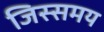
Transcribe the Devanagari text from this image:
जिस्समय